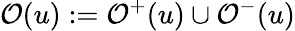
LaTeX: \mathcal{O}(u):=\mathcal{O}^{+}(u)\cup\mathcal{O}^{-}(u)